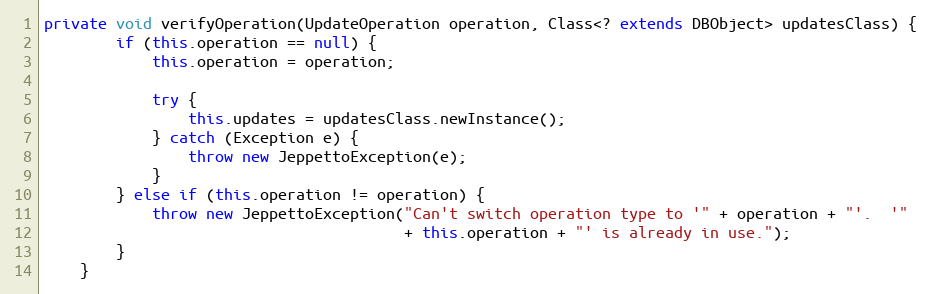
Language: Java
private void verifyOperation(UpdateOperation operation, Class<? extends DBObject> updatesClass) {
        if (this.operation == null) {
            this.operation = operation;

            try {
                this.updates = updatesClass.newInstance();
            } catch (Exception e) {
                throw new JeppettoException(e);
            }
        } else if (this.operation != operation) {
            throw new JeppettoException("Can't switch operation type to '" + operation + "'.  '"
                                        + this.operation + "' is already in use.");
        }
    }